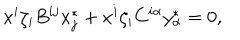
x ^ { i } \zeta _ { i } B ^ { i j } x _ { j } ^ { * } + x ^ { i } \zeta _ { i } C ^ { i \alpha } y _ { \alpha } ^ { * } = 0 ,